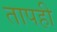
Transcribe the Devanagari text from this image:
तापही